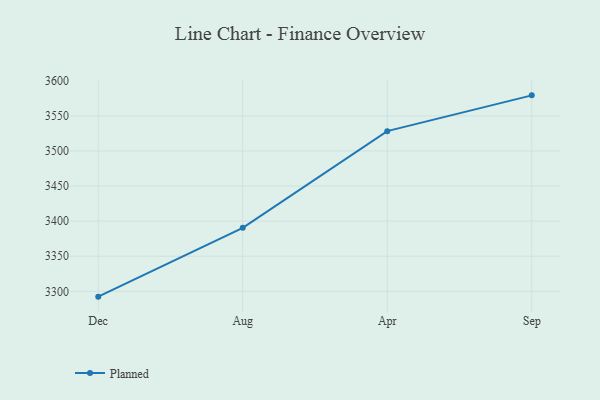
{"axis": {"x": "Month", "y": "Waste Production (Tons)"}, "legend": ["Planned"], "data": [{"x": "Dec", "y": 3292.4, "type": "Planned"}, {"x": "Aug", "y": 3390.5, "type": "Planned"}, {"x": "Apr", "y": 3528.3, "type": "Planned"}, {"x": "Sep", "y": 3579.3, "type": "Planned"}]}